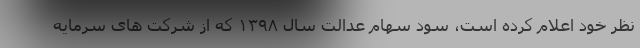
نظر خود اعلام کرده است، سود سهام عدالت سال ۱۳۹۸ که از شرکت های سرمایه